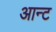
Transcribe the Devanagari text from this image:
आन्ट